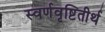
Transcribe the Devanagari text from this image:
स्वर्णवृष्टितीर्थ